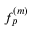
f _ { p } ^ { ( m ) }